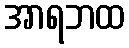
အာရဘထ